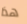
هذا